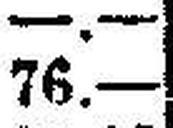
76.—